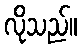
လိုသည်။